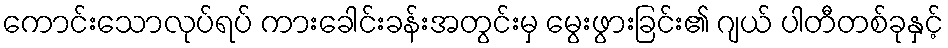
ကောင်းသောလုပ်ရပ် ကားခေါင်းခန်းအတွင်းမှ မွေးဖွားခြင်း၏ ဂျယ် ပါတီတစ်ခုနှင့်